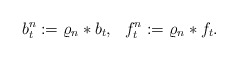
\begin{align*}b^n_t:=\varrho_n* b_t,\ \ f^n_t:=\varrho_n*f_t.\end{align*}